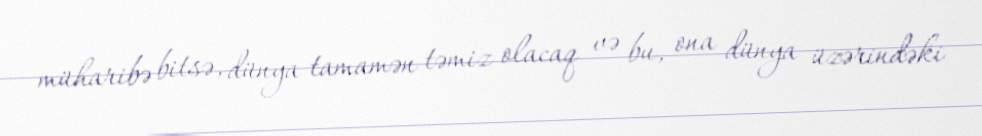
müharibə bitsə, dünya tamamən təmiz olacaq və bu, ona dünya üzərindəki